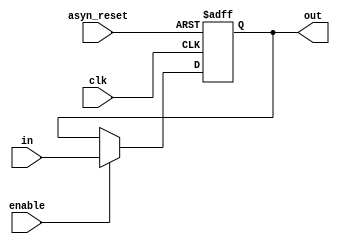
module D_FF_two_bits_div(in,out,clk,enable,asyn_reset);

input clk;
input enable;
input asyn_reset;
input[1:0] in;
output[1:0] out;
reg[1:0] out;


always@(posedge clk or posedge asyn_reset) begin
	if (asyn_reset == 1) begin
		out <= 0;
	end
	else begin
		if(enable==1'b1) begin
			out<=in;
		end
	end
end

endmodule